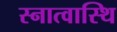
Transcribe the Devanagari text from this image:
स्नात्वास्थि